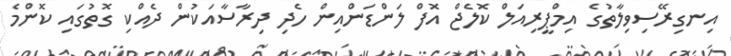
އިނގިރޭސިވިލާތުގެ އިމްޕީރިއަލް ކޮލެޖް އޮފް ލަންޑަންއިން ހެދި ދިރާސާއަކުން ދެއްކި ގޮތުގައި ކޮންމެ